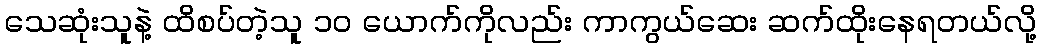
သေဆုံးသူနဲ့ ထိစပ်တဲ့သူ ၁၀ ယောက်ကိုလည်း ကာကွယ်ဆေး ဆက်ထိုးနေရတယ်လို့